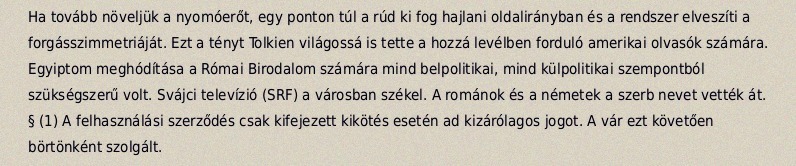
Ha tovább növeljük a nyomóerőt, egy ponton túl a rúd ki fog hajlani oldalirányban és a rendszer elveszíti a forgásszimmetriáját. Ezt a tényt Tolkien világossá is tette a hozzá levélben forduló amerikai olvasók számára. Egyiptom meghódítása a Római Birodalom számára mind belpolitikai, mind külpolitikai szempontból szükségszerű volt. Svájci televízió (SRF) a városban székel. A románok és a németek a szerb nevet vették át. § (1) A felhasználási szerződés csak kifejezett kikötés esetén ad kizárólagos jogot. A vár ezt követően börtönként szolgált.